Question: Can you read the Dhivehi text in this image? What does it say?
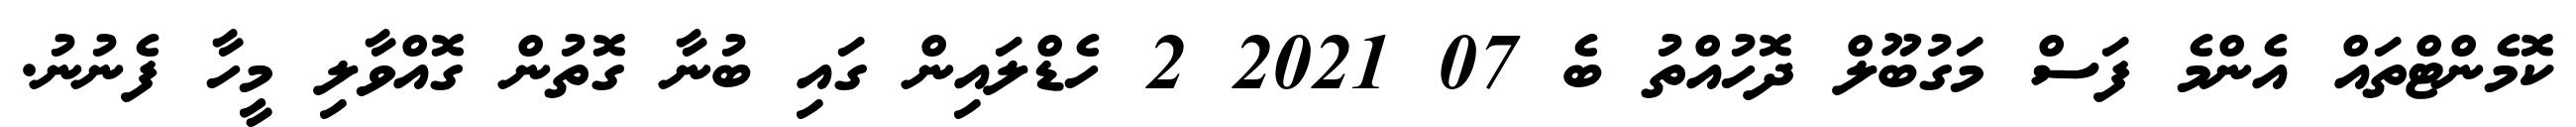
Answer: ކޮމެންޓްތައް އެންމެ ފަސް މަގުބޫލް ދޮހުއްތު ބެ 07 2021 2 ހެޑްލައިން ގައި ބުނާ ގޮތުން ގޮއްވާލި މީހާ ފެނުނު.